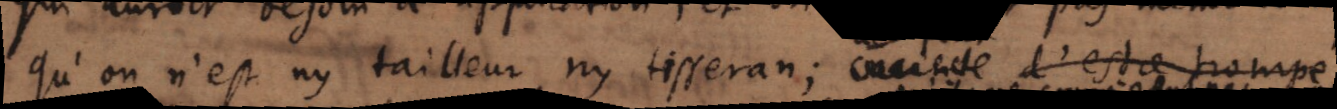
qu’on n’est ny tailleur ny tisseran ; _ de d’estre trompé